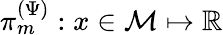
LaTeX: \pi_{m}^{(\Psi)}:x\in\mathcal{M}\mapsto\mathbb{R}